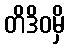
တိဒိဝမှိ